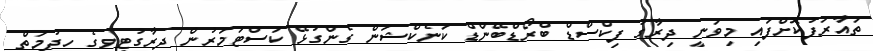
ތައާރަފުކޮށްފައި މިވަނީ ދިރާގު ފިކްސްޑް ބްރޯޑްބޭންޑް ކަނެކްޝަން ގެންގުޅޭ ކަސްޓަމަރުން ދިރާގުޓީވީގެ ހިދުމަތް